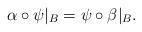
LaTeX: \begin{align*}\alpha\circ\psi|_B=\psi\circ \beta|_B.\end{align*}